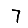
Digit: 7